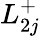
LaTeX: L_{2j}^{+}